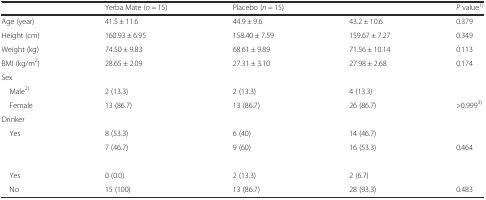
<table><thead><tr><td>[EMPTY_CELL]</td><td><b>Yerba Mate (<i>n</i> = 15)</b></td><td><b>Placebo (<i>n</i> = 15)</b></td><td>[EMPTY_CELL]</td><td><b><i>P</i> value<sup>1)</sup></b></td></tr></thead><tbody><tr><td>Age (year)</td><td>41.5 ± 11.6</td><td>44.9 ± 9.6</td><td>43.2 ± 10.6</td><td>0.379</td></tr><tr><td>Height (cm)</td><td>160.93 ± 6.95</td><td>158.40 ± 7.59</td><td>159.67 ± 7.27</td><td>0.349</td></tr><tr><td>Weight (kg)</td><td>74.50 ± 9.83</td><td>68.61 ± 9.89</td><td>71.56 ± 10.14</td><td>0.113</td></tr><tr><td>BMI (kg/m<sup>2</sup>)</td><td>28.65 ± 2.09</td><td>27.31 ± 3.10</td><td>27.98 ± 2.68</td><td>0.174</td></tr><tr><td colspan="5">Sex</td></tr><tr><td> Male<sup>2)</sup></td><td>2 (13.3)</td><td>2 (13.3)</td><td>4 (13.3)</td><td>[EMPTY_CELL]</td></tr><tr><td> Female</td><td>13 (86.7)</td><td>13 (86.7)</td><td>26 (86.7)</td><td>&gt;0.999<sup>3)</sup></td></tr><tr><td colspan="5">Drinker</td></tr><tr><td> Yes</td><td>8 (53.3)</td><td>6 (40)</td><td>14 (46.7)</td><td>[EMPTY_CELL]</td></tr><tr><td>[EMPTY_CELL]</td><td>7 (46.7)</td><td>9 (60)</td><td>16 (53.3)</td><td>0.464</td></tr><tr><td colspan="5">[EMPTY_CELL]</td></tr><tr><td> Yes</td><td>0 (0.0)</td><td>2 (13.3)</td><td>2 (6.7)</td><td>[EMPTY_CELL]</td></tr><tr><td> No</td><td>15 (100)</td><td>13 (86.7)</td><td>28 (93.3)</td><td>0.483</td></tr></tbody></table>